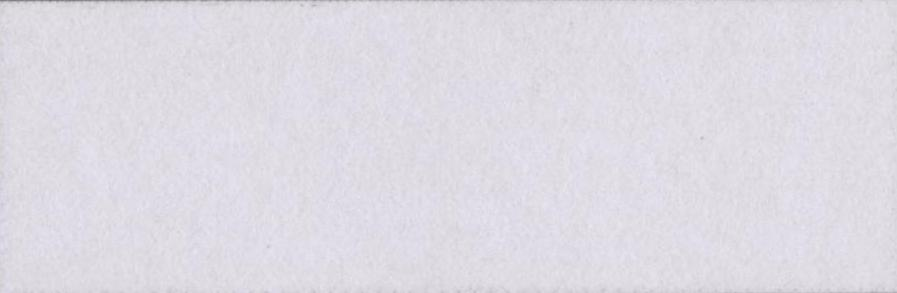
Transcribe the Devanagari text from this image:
कंप्यूटरों